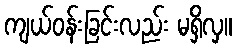
ကျယ်ဝန်းခြင်းလည်း မရှိလှ။